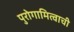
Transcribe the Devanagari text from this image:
पुरोगामित्वाची